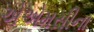
એએમસીના